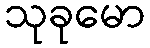
သုခုမော